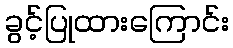
ခွင့်ပြုထားကြောင်း